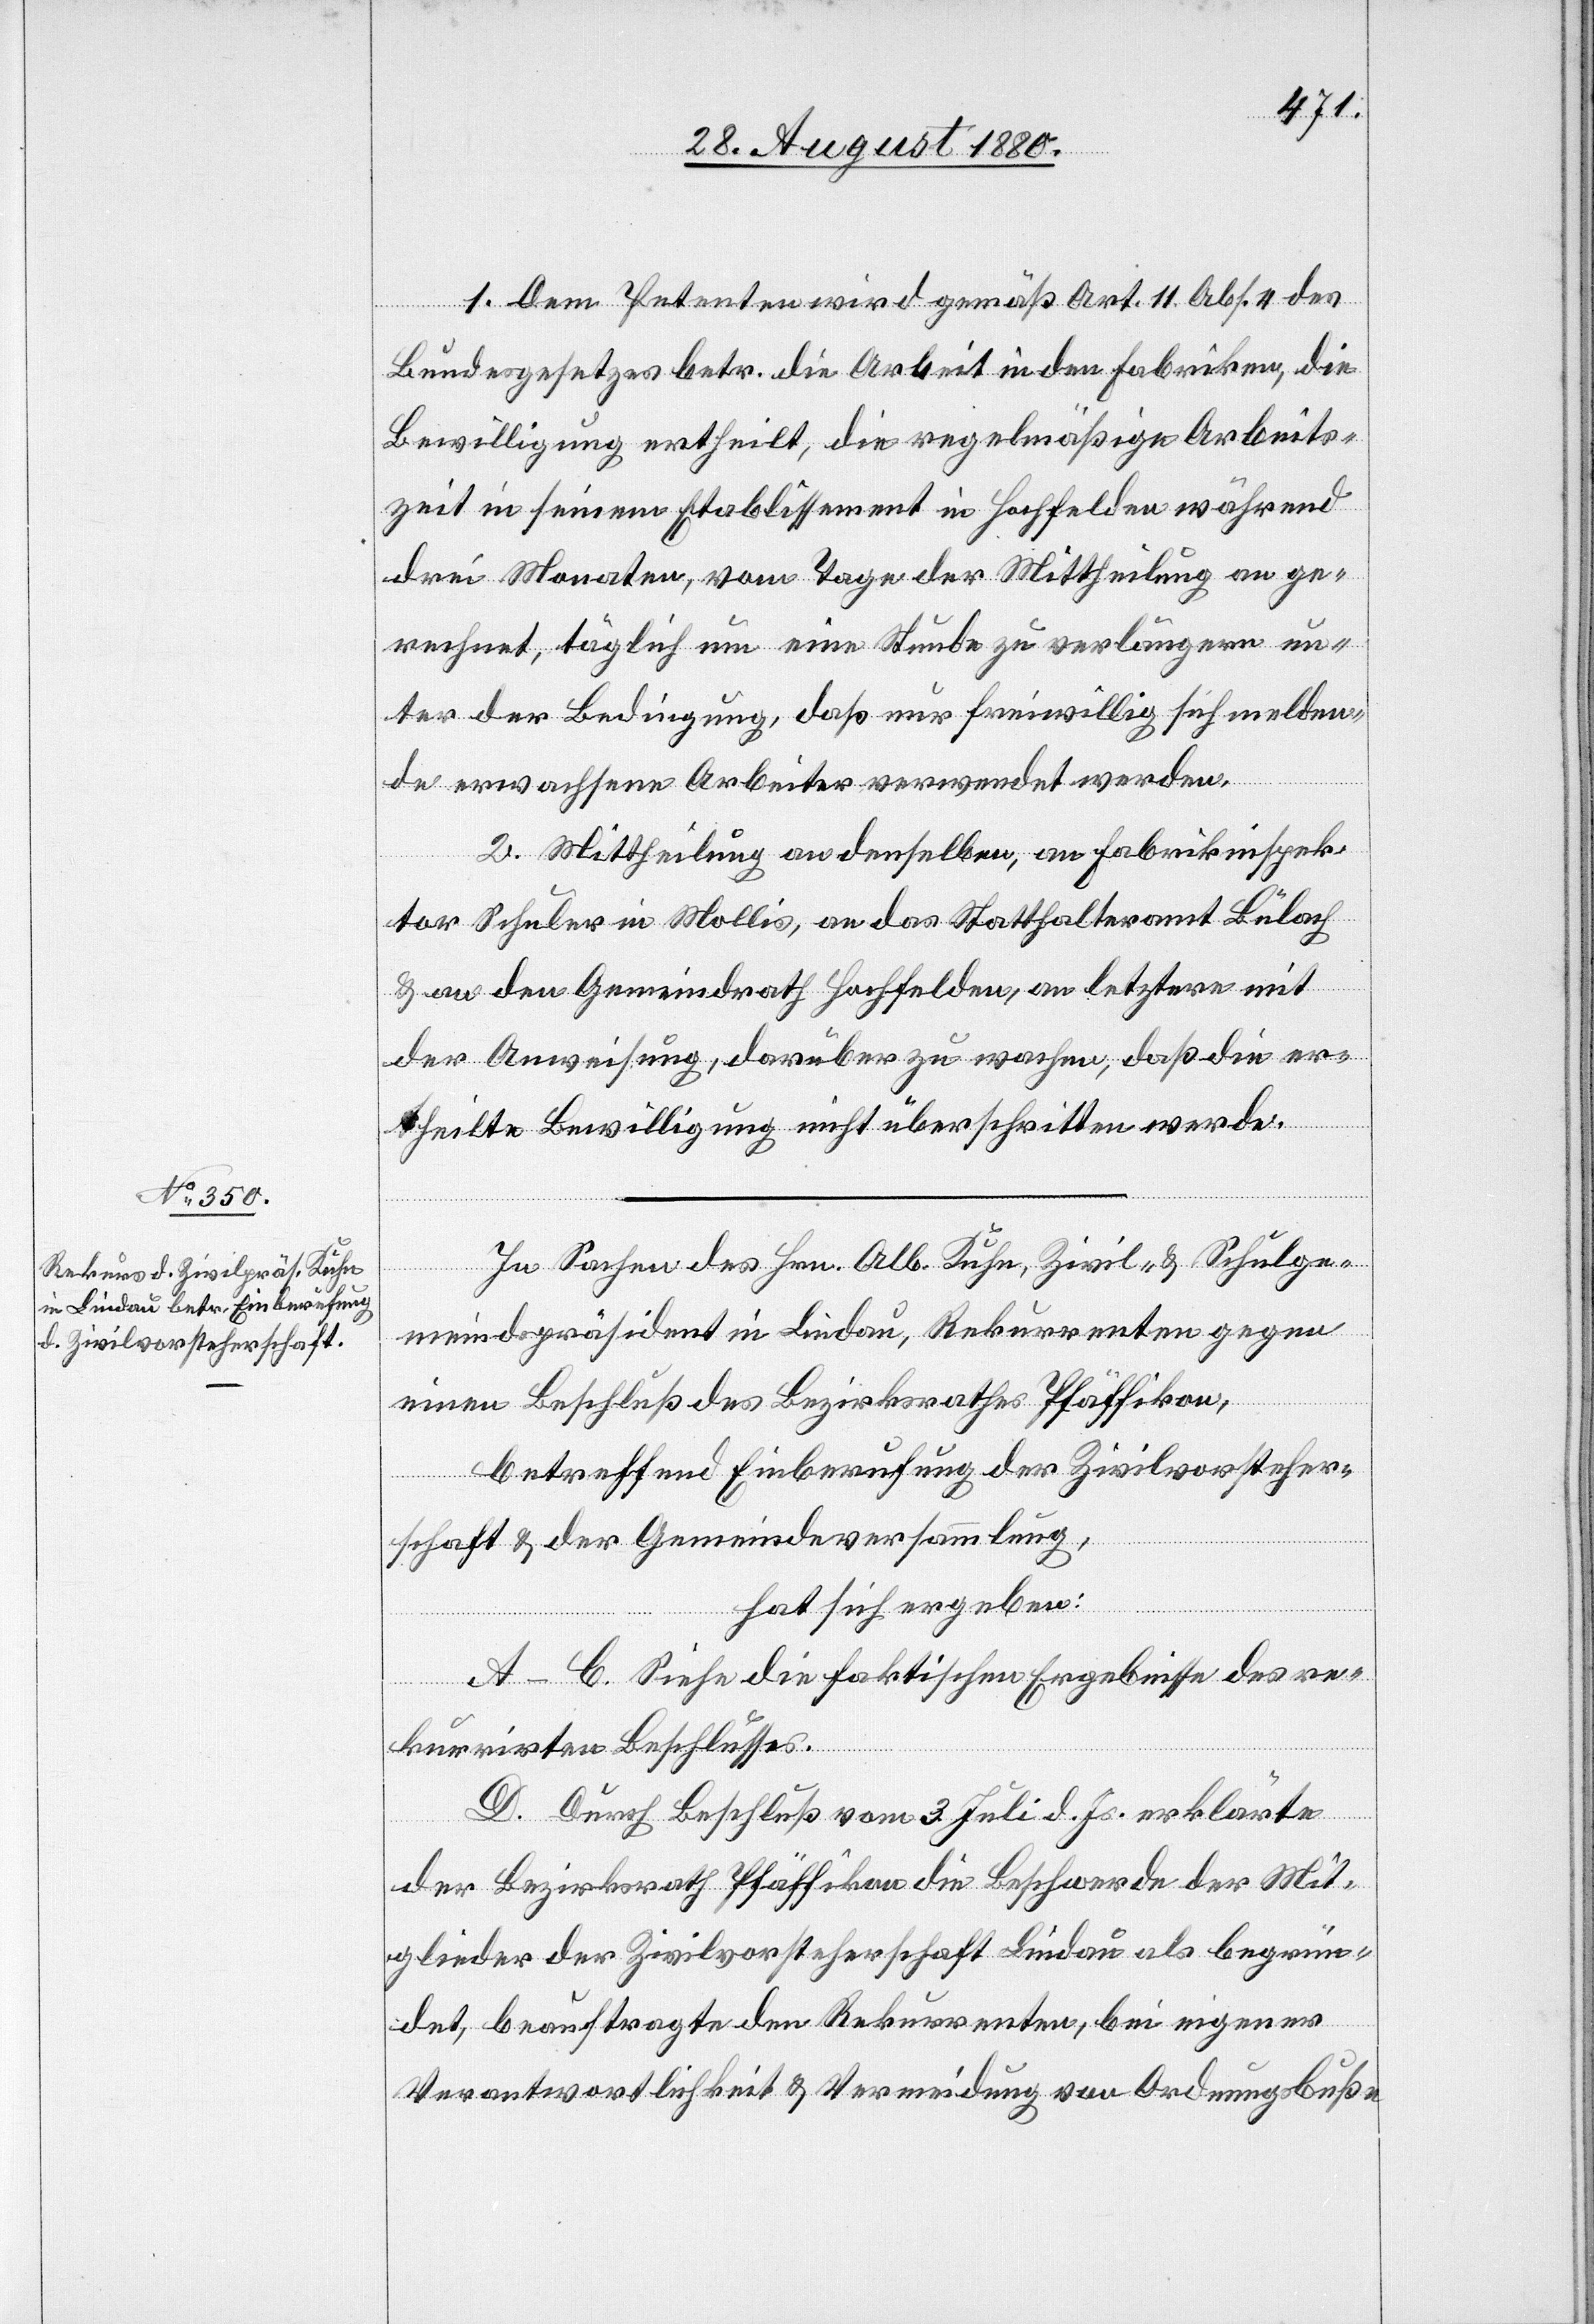
1. Dem Petenten wird gemäß Art. 11 Abs. 4 des
Bundesgesetzes betr. die Arbeit in den Fabriken, die
Bewilligung ertheilt, die regelmäßige Arbeits¬
zeit in seinem Etablissement in Hochfelden während
drei Monaten, vom Tage der Mittheilung an ge¬
rechnet, täglich um eine Stunde zu verlängern un¬
ter der Bedingung, daß nur freiwillig sich melden¬
de erwachsene Arbeiter verwendet werden.
2. Mittheilung an denselben, an Fabrikinspek¬
tor Schuler in Mollis, an das Statthalteramt Bülach
& an den Gemeindrath Hochfelden, an letztern mit
der Anweisung, darüber zu wachen, daß die er¬
theilte Bewilligung nicht überschritten werde.
In Sachen des Hrn. Alb. Kuhn, Zivil- & Schulge¬
meindepräsident in Lindau, Rekurrent gegen
einen Beschluß des Bezirksrathes Pfäffikon,
betreffend Einberufung der Zivilvorsteher¬
schaft & der Gemeindeversammlung,
hat sich ergeben:
A–C. Siehe die faktischen Ergebnisse des re¬
kurrirten Beschlusses.
D. Durch Beschluß vom 3. Juli d. Js. erklärte
der Bezirksrath Pfäffikon die Beschwerde der Mit¬
glieder der Zivilvorsteherschaft Lindau als begrün¬
det, beauftrage den Rekurrenten, bei eigener
Verantwortlichkeit & Vermeidung von Ordnungsbuße